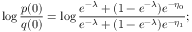
\log \frac { p ( 0 ) } { q ( 0 ) } = \log \frac { e ^ { - \lambda } + ( 1 - e ^ { - \lambda } ) e ^ { - \eta _ { 0 } } } { e ^ { - \lambda } + ( 1 - e ^ { - \lambda } ) e ^ { - \eta _ { 1 } } } ;